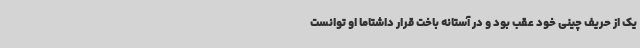
یک از حریف چینی خود عقب بود و در آستانه باخت قرار داشتاما او توانست